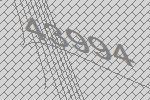
43994